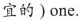
宜的)one.